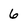
Character: 6